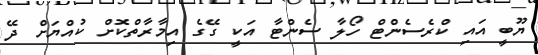
ޔޫބީ އައި ކްރެސެންޓް ހޯލާ ސެންޓާ އަކީ ގޭގެ އިމާރާތްކޮށް ކުއްޔަށް ދޭ